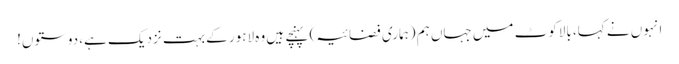
انہوں نے کہا، بالاکوٹ میں جہاں ہم (ہماری فضائیہ) پہنچے ہیں وہ لاہور کے بہت نزدیک ہے، دوستوں!